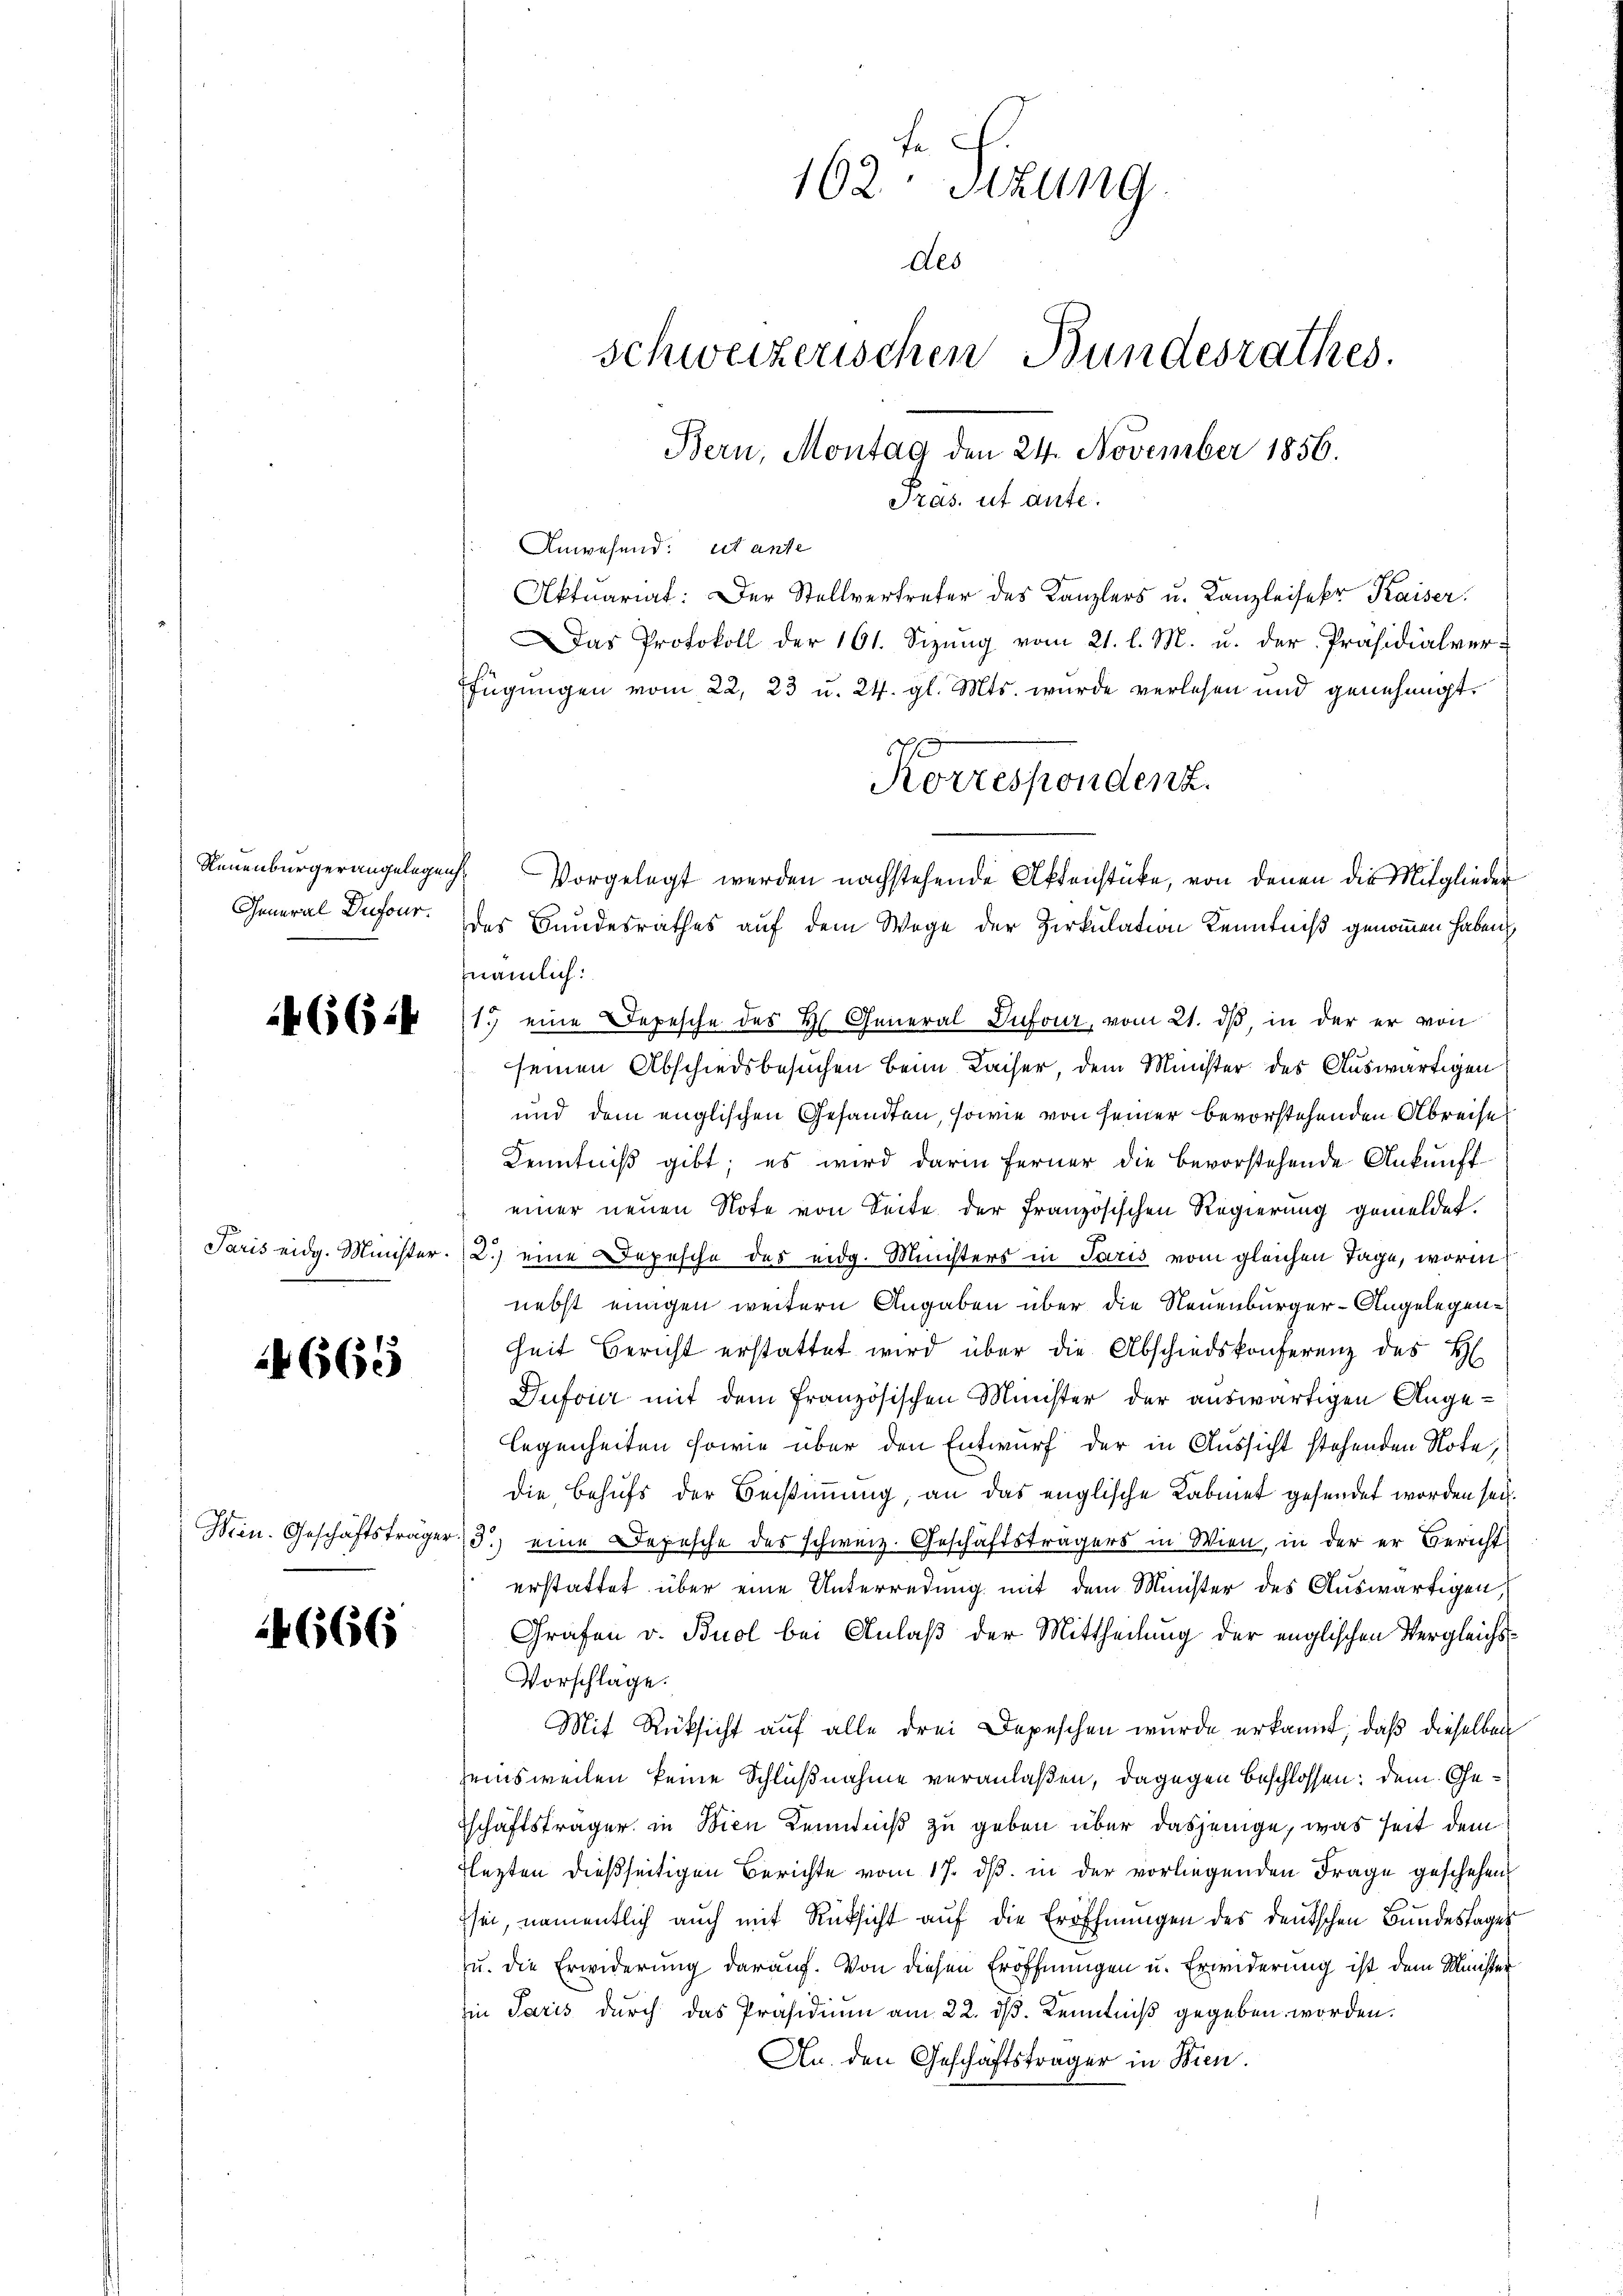
Neuenburgerangelegen
General Dufour.

466:4

665

Hein. Geschäftsträger
6

4666

162 Szung
des
schweizerischen Bundesrathes.
Bern, Montag den 24. November 1856.
Pras. ut aute.
Anwesend: et ante
Aktuariat: Der Stellvertreter des Kanzlers u. Kanzleiser Kaiser.

Das Protokoll der 161. Sizŭng vom 21. l. M. u. der Präsidialverfügungen vom 22. 23 u. 24. gl. Mts. wurde verlesen und genehmigt.
des Bundesrathes auf dem Wege der Zirkulation Kenntniß genommen haben,
znämlich:
1. eine Depesche des H. General Dufour, vom 21. ds, in der er von
seinen Abschiedsbesuchen beim Kaiser, dem Minister des Auswärtigen
und dem englischen Gesandten, sowie von seiner bevorstehenden Abreise
Kenntniß gibt, es wird darin ferner die bevorstehende Ankunft
einer neuen Note von Seite der französischen Regierung gemeldet.
Paris eidg. Minister. (2.) eine Depesche des eidg. Ministers in Paris vom gleichen Tage, worin
nebst einigen weitern Angaben über die Neuenburger-Angelegenheit Bericht erstattet wird über die Abschiedskonferenz des H
Dufour mit dem französischen Minister der auswärtigen Angelegenheiten sowie über den Entwurf der in Aussicht stehenden Note,
die Behufs der Beistimmung, an das englische Labmet gesendet worden sei.
3.) eine Depesche des schweiz. Geschäftsträgers in Wien, in der er Bericht
erstattet über eine Unterredung mit dem Minister des Auswärtigen,
Grafen v. Buol bei Anlaß der Mittheilung der englischen Vergleichs¬
Vorschlage.
Mit Rüksicht auf alle drei Depeschen wurde erkannt, daß dieselben
seinsweilen keine Schlußnahme veranlaßen, dagegen beschlossen: dem Geschäftsträger in Wien Kenntniß zu geben über dasjenige, was seit dem
Flezten dießseitigen Berichte vom 17. dβ in der vorliegenden Frage geschehen,
sei, namentlich auch mit Rücksicht auf die Eröffnungen des deutschen Bundestager
u. die Erwiderung darauf. Von diesen Eröffnungen u. Erwiderung ist dem Minister
Ein Paris durch das Präsidium am 22. ds. Kenntniß gegeben worden.
An den Geschäftsträger in Bien.

Korrespondenz.
Vorgelegt werden nachstehende Aktenstücke, von denen die Mitglieder